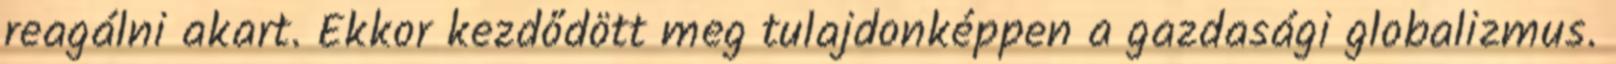
reagálni akart. Ekkor kezdődött meg tulajdonképpen a gazdasági globalizmus.